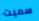
سميت